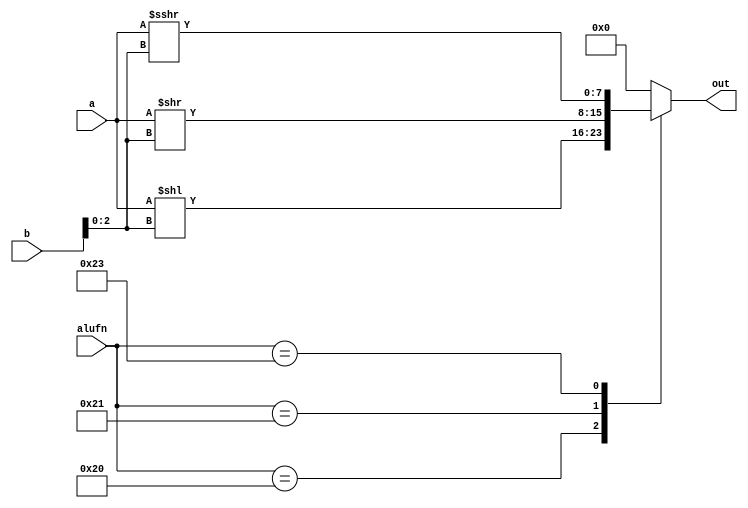
module shifter_13 (
    input [7:0] a,
    input [7:0] b,
    input [5:0] alufn,
    output reg [7:0] out
  );
  
  
  
  always @* begin
    out = 1'h0;
    
    case (alufn)
      6'h20: begin
        out = a << b[0+2-:3];
      end
      6'h21: begin
        out = a >> b[0+2-:3];
      end
      6'h23: begin
        out = $signed(a) >>> b[0+2-:3];
      end
    endcase
  end
endmodule